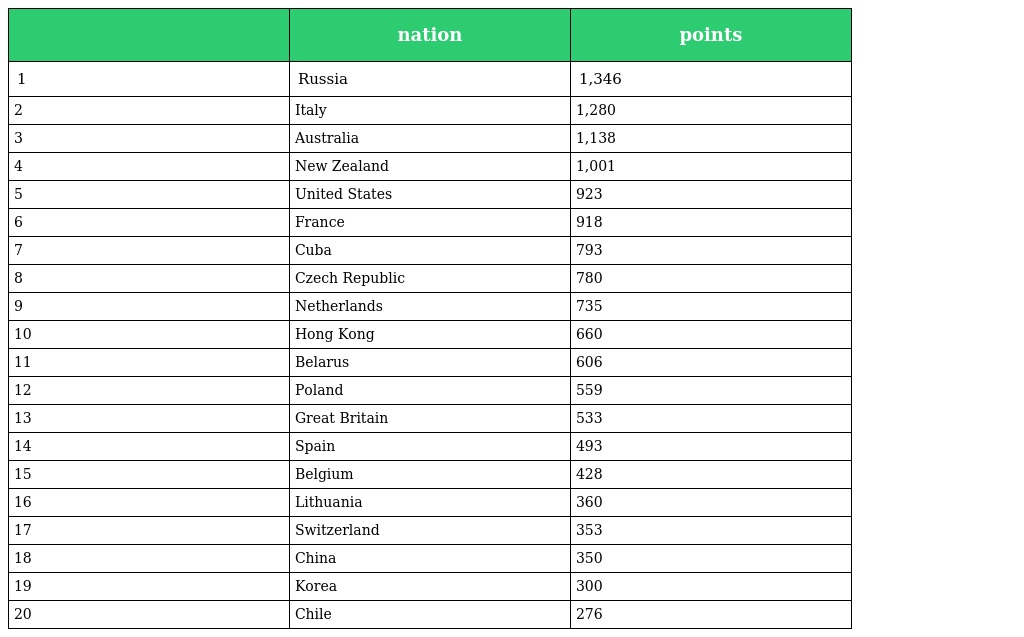
|  | nation | points |
 | --- | --- | --- |
 | 1 | Russia | 1,346 |
 | 2 | Italy | 1,280 |
 | 3 | Australia | 1,138 |
 | 4 | New Zealand | 1,001 |
 | 5 | United States | 923 |
 | 6 | France | 918 |
 | 7 | Cuba | 793 |
 | 8 | Czech Republic | 780 |
 | 9 | Netherlands | 735 |
 | 10 | Hong Kong | 660 |
 | 11 | Belarus | 606 |
 | 12 | Poland | 559 |
 | 13 | Great Britain | 533 |
 | 14 | Spain | 493 |
 | 15 | Belgium | 428 |
 | 16 | Lithuania | 360 |
 | 17 | Switzerland | 353 |
 | 18 | China | 350 |
 | 19 | Korea | 300 |
 | 20 | Chile | 276 |